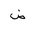
Letter: _dad